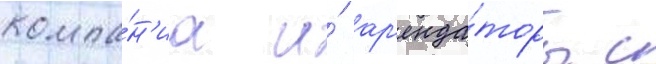
компа́н'иа и́ ар'енда́торы с